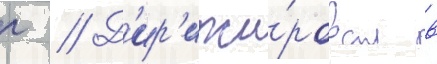
г // Д'ир'ижи́ровал в